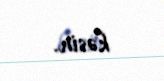
kəsin.